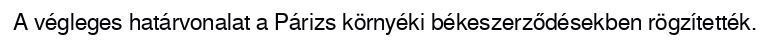
A végleges határvonalat a Párizs környéki békeszerződésekben rögzítették.